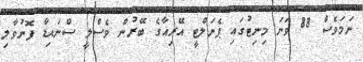
ނަމަވެސް 88 ވަނަ މިނިޓުގައި ޕެނަލްޓީ އޭރިއާގެ ބޭރުން ވެސްލީ ސްނައިޑާ ފޮނުވާލި